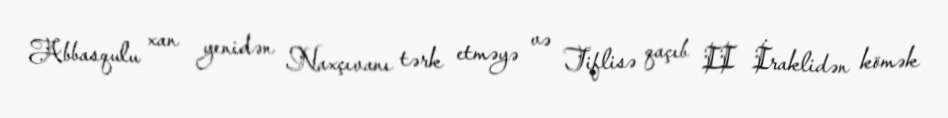
Abbasqulu xan yenidən Naxçıvanı tərk etməyə və Tiflisə qaçıb II İraklidən kömək